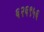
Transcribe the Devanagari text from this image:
६२६९५६